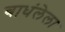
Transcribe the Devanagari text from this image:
बाधंलेला